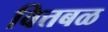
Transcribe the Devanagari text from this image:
वित्तबळ